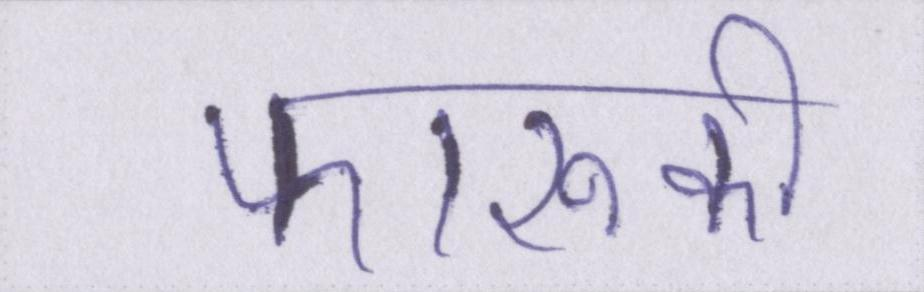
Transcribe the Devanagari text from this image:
फारूकी